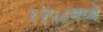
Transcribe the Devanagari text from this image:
१२५८मध्ये